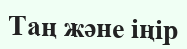
Таң және іңір